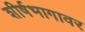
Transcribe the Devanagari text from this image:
शीर्षभागावर